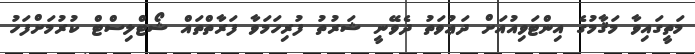
މަތީގައިވާ މަޤާމުގެ އިންޓަވިއުއަށް ދަޢުވަތު ދެވޭނީ ޝަރުތު ފުރިހަމަވާ ފަރާތްތައް ޝޯޓްލިސްޓް ކުރުމަށްފަހު